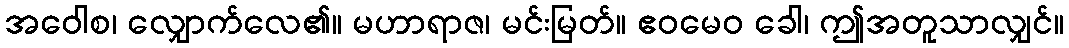
အဝေါစ၊ လျှောက်လေ၏။ မဟာရာဇ၊ မင်းမြတ်။ ဧဝမေဝ ခေါ၊ ဤအတူသာလျှင်။